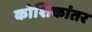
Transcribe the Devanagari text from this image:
कोशिकांतर